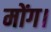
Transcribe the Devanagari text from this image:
मोंग।